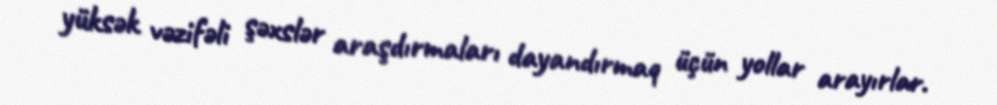
yüksək vəzifəli şəxslər araşdırmaları dayandırmaq üçün yollar arayırlar.